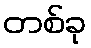
တစ်ခု